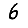
Digit: 6